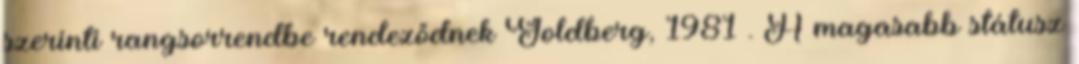
szerinti rangsorrendbe rendeződnek Goldberg, 1981 . A magasabb státusz